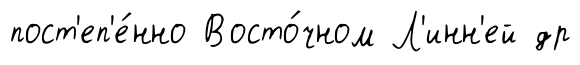
пост'еп'е́нно Восто́чном Л'инн'ей др